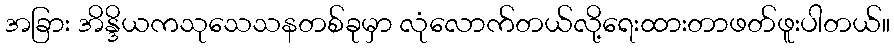
အခြား အိန္ဒိယကသုသေသနတစ်ခုမှာ လုံလောက်တယ်လို့ရေးထားတာဖတ်ဖူးပါတယ်။